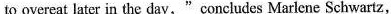
to overeat later in the day,"concludes Marlene Schwartz,